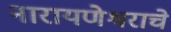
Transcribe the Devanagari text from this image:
नारायणेश्वराचे